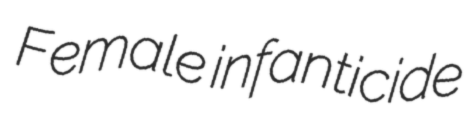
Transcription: Female infanticide